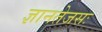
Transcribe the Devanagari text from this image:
ज्ञानतेजसः